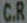
C.R